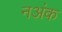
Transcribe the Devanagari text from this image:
नअंक